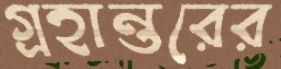
গ্রহান্তরের